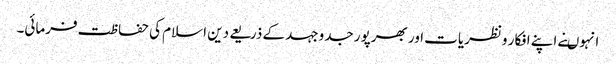
انہوںنے اپنے افکار ونظریات اور بھرپور جدوجہد کے ذریعے دین اسلام کی حفاظت فرمائی۔